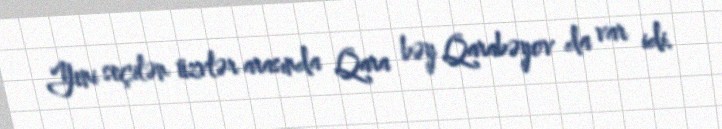
Yeni seçilən üzvlər arasında Qara bəy Qarabəyov da var idi.